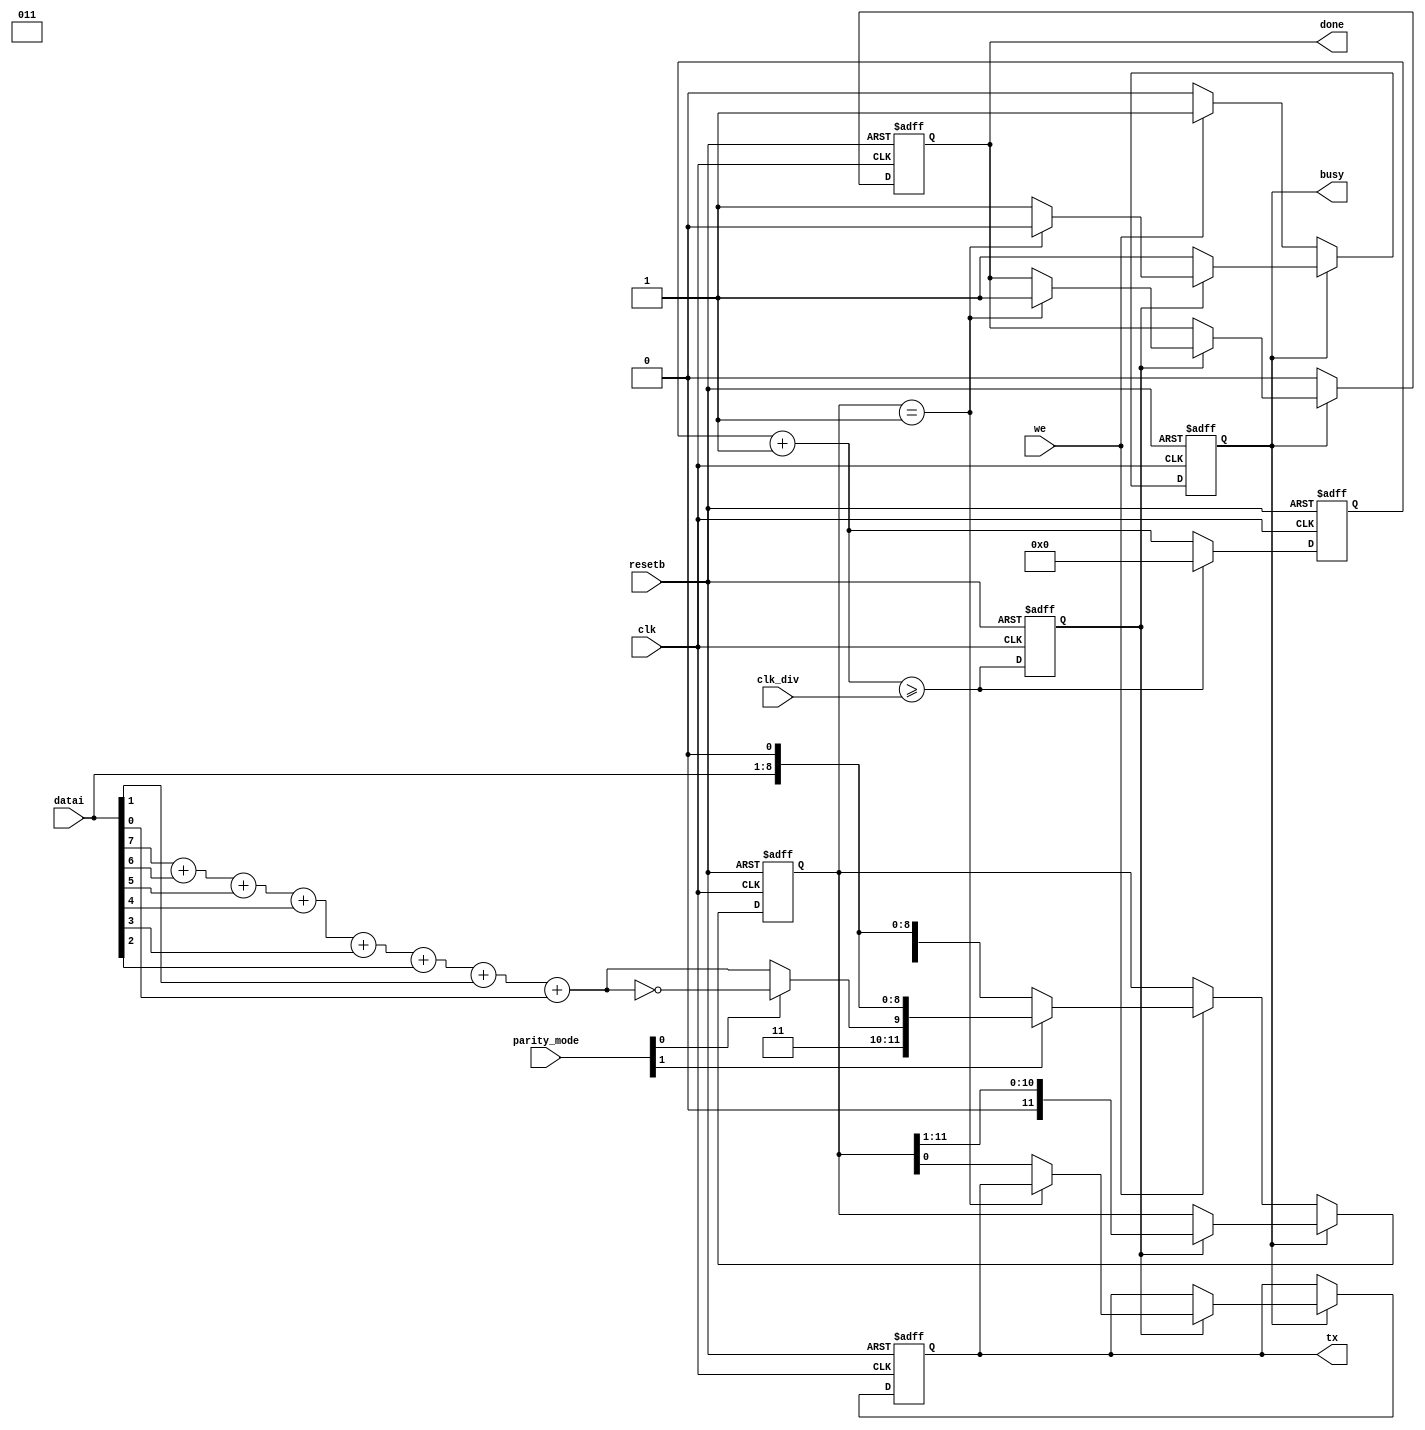
// The parity characteristic can be none=0, even=2, or odd=3.  If even
// parity, then the last data bit transmitted will be a logical 1 if
// the data transmitted had an even amount of 0 bits. If odd parity,
// then the last data bit transmitted will be a logical 1 if the data
// transmitted had an odd amount of 0 bits.

module uart_tx
  #(parameter CLK_DIV_WIDTH=8,
    parameter START_BIT = 0,
    parameter STOP_BIT  = 1
    )
   (
    input clk,
    input resetb,
    input [CLK_DIV_WIDTH-1:0] clk_div,
    output reg tx,
    input [7:0] datai,
    input [1:0] parity_mode,
    input we,
    output reg busy,
    output reg done
    );
   

   reg [CLK_DIV_WIDTH-1:0] clk_div_counter;
   wire [CLK_DIV_WIDTH-1:0] next_clk_div_counter = clk_div_counter + 1;
   wire clk_pulse_wire = next_clk_div_counter >= clk_div;
   reg 	clk_pulse;
   
   always@(posedge clk or negedge resetb) begin
      if(!resetb) begin
	 clk_div_counter <= 0;
	 clk_pulse <= 0;
      end else begin
	 clk_pulse <= clk_pulse_wire;
	 
	 if(clk_pulse_wire) begin
	    clk_div_counter <= 0;
	 end else begin
	    clk_div_counter <= next_clk_div_counter;
	 end
      end
   end 

   wire endtx    = 1'b1;
   wire startbit = START_BIT;
   wire stopbit  = STOP_BIT;
   wire parity_raw = datai[7] + datai[6] + datai[5] + datai[4] + datai[3] + datai[2] + datai[1] + datai[0];
   wire paritybit = parity_mode[0] ? !parity_raw : parity_raw;

   wire [11:0] data_tx_parity = { endtx, stopbit, paritybit, datai, startbit };
   wire [11:0] data_tx_noparity={ 1'b0,  endtx,   stopbit,   datai, startbit };
   wire [11:0] data_tx = (parity_mode[1]) ? data_tx_parity : data_tx_noparity;
   reg [11:0]  data_s;

   always@(posedge clk or negedge resetb) begin
      if(!resetb) begin
	 busy   <= 0;
	 done   <= 0;
	 data_s <= 0;
	 tx     <= stopbit;
      end else begin
	 if(busy) begin
	    if(clk_pulse) begin
	       data_s <= data_s >> 1;
	       if(data_s == 1) begin
		  busy <= 0;
		  done <= 1;
	       end else begin
		  tx <= data_s[0];
	       end
	    end
	 end else begin
	    if(we) begin
	       busy <= 1;
  	       data_s <= data_tx;
	    end
	    done <= 0;
	 end
      end
   end 
endmodule